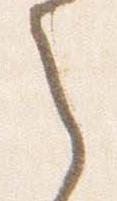
之